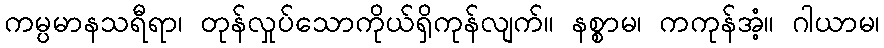
ကမ္ပမာနသရီရာ၊ တုန်လှုပ်သောကိုယ်ရှိကုန်လျက်။ နစ္စာမ၊ ကကုန်အံ့။ ဂါယာမ၊